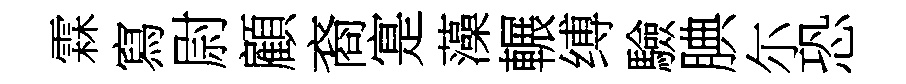
霖寫尉顧裔寔藻輾缚驗腆尓恐